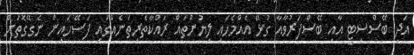
އަދި ބޭސްސިޓީ އާއި ބޭސްފަރުވާއާ ގުޅޭ އެއްމެހައި ލިޔުންތައް ރައްކާތެރިތަނެއްގައި ފަސޭހައިން ނެގޭގޮތަށް